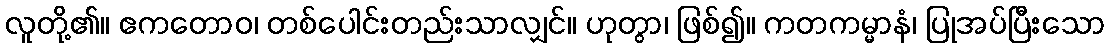
လူတို့၏။ ဧကတောဝ၊ တစ်ပေါင်းတည်းသာလျှင်။ ဟုတွာ၊ ဖြစ်၍။ ကတကမ္မာနံ၊ ပြုအပ်ပြီးသော